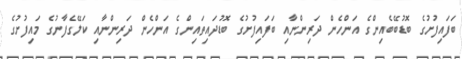
ބަފައިފުށުގެ ބޮޑުބޭބެއިންގެ އަންހެން ދަރިންނާއި ބަފައިފުށުގެ ބޮޑުދައިތައިންގެ އަންހެން ދަރިންނާއި ކަލޭގެފާނުގެ މައިފުށުގެ